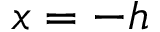
x = - h